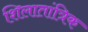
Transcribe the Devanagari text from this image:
शिलातांत्रिक